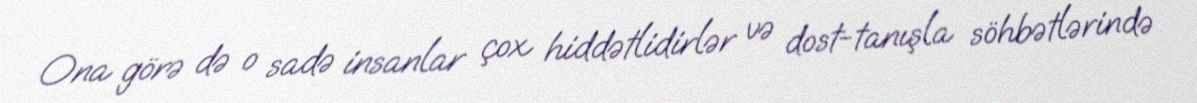
Ona görə də o sadə insanlar çox hiddətlidirlər və dost-tanışla söhbətlərində